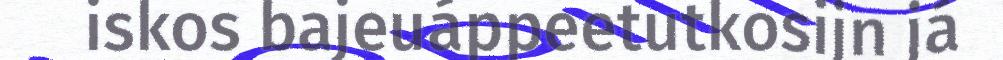
iskos bajeuáppeetutkosijn já